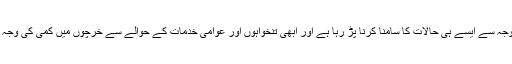
یونان، اسپین، اٹلی اور رومانیہ میں بھی حکومتوں کو بڑھتے ہوئے ٹیکس کی وجہ سے ایسے ہی حالات کا سامنا کرنا پڑ رہا ہے اور ابھی تنخواہوں اور عوامی خدمات کے حوالے سے خرچوں میں کمی کی وجہ سے ایسی ہڑتالوں اور احتجاجی ریلیوں کی ایک نئی لہر شروع ہونے والی ہے۔